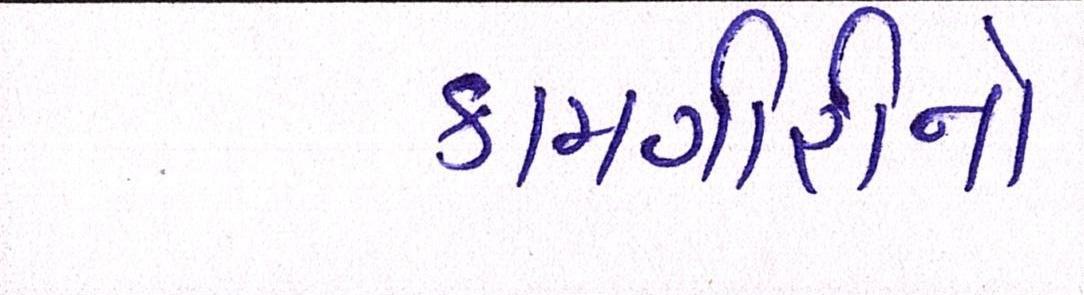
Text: કામગીરીનો